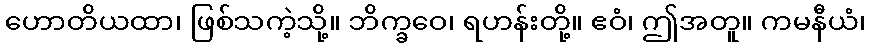
ဟောတိယထာ၊ ဖြစ်သကဲ့သို့။ ဘိက္ခဝေ၊ ရဟန်းတို့။ ဧဝံ၊ ဤအတူ။ ကမနီယံ၊